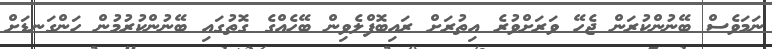
ނަމަވެސް ބޭނުންކުރަން ޖެހޭ ވަރަށްވުރެ އިތުރަށް ރައިބޮފްލެވިން ބޭހެއްގެ ގޮތުގައި ބޭނުންކުރުމުން ހަންގަނޑަށް